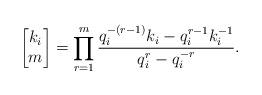
LaTeX: \begin{align*}\begin{bmatrix}k_i\\m\end{bmatrix}=\prod_{r=1}^m\frac{q_i^{-(r-1)}k_i-q_i^{r-1}k_i^{-1}}{q_i^r-q_i^{-r}}.\end{align*}